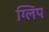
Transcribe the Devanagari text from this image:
ग्लिप